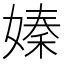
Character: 嫀